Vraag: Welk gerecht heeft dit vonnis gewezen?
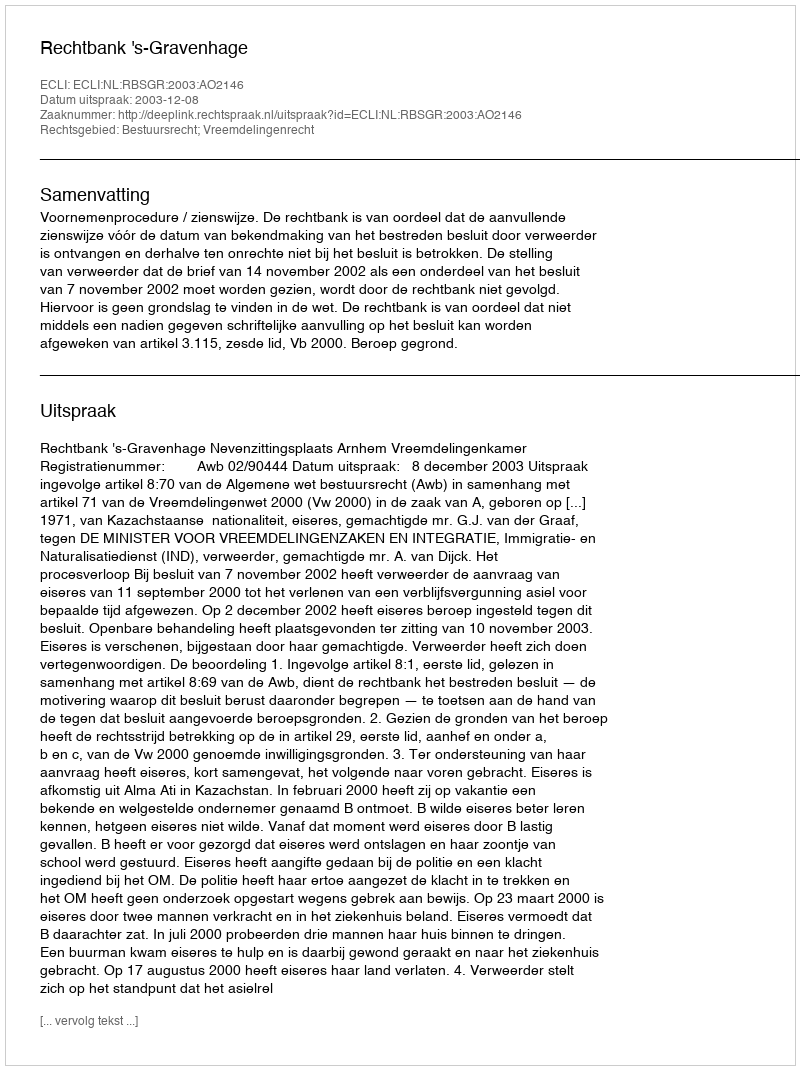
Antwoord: Rechtbank 's-Gravenhage